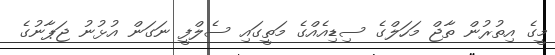
މީގެ އިތުރުން ތާޖް މަހަލްގެ ސިޑިއެއްގެ މަތީގައި ސެލްފީ ނަގަން އުޅުނު ޖަޕާނުގެ